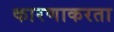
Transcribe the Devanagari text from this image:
कारणाकरता